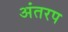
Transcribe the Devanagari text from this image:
अंतरप